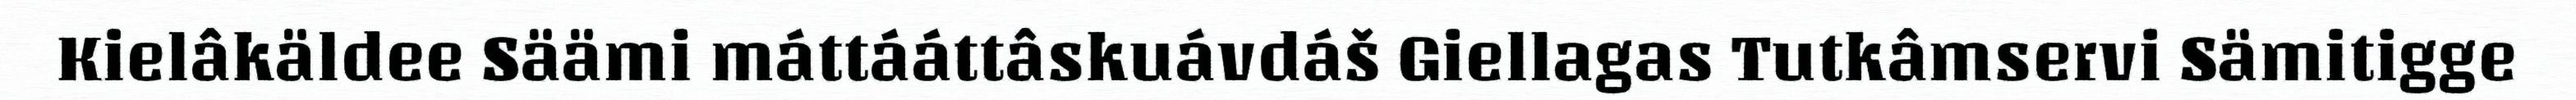
Kielâkäldee Säämi máttááttâskuávdáš Giellagas Tutkâmservi Sämitigge